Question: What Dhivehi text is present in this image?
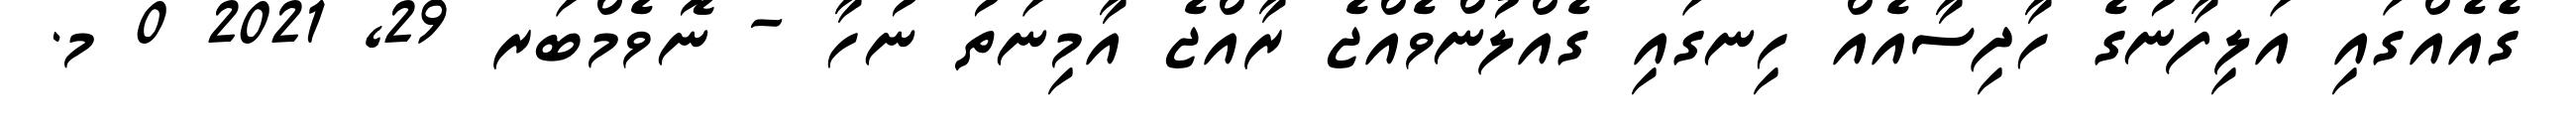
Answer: ގެއެއްގައި އަލިފާނުގެ ހާދިސާއެއް ހިނގައި ގެއްލުންވެއްޖެ ރާއްޖެ އާމިނަތު ނުހާ - ނޮވެމްބަރ 29, 2021 0 މ.